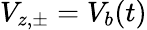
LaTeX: V_{z,\pm}=V_{b}(t)